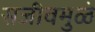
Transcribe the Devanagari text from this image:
सजीवमुळे